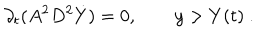
\partial _ { t } ( A ^ { 2 } D ^ { 2 } \dot { Y } ) = 0 , \qquad y > Y ( t ) \ .